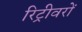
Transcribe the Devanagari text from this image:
रिट्रीवरों